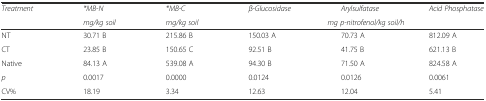
<table><thead><tr><td><b><i>Treatment</i></b></td><td><b><i>*MB-N</i></b></td><td><b><i>*MB-C</i></b></td><td><b><i>β-Glucosidase</i></b></td><td><b><i>Arylsulfatase</i></b></td><td><b><i>Acid Phosphatase</i></b></td></tr><tr><td></td><td><b><i>mg/kg soil</i></b></td><td><b><i>mg/kg soil</i></b></td><td colspan="3"><b><i>mg p-nitrofenol/kg soil/h</i></b></td></tr></thead><tbody><tr><td>NT</td><td>30.71 B</td><td>215.86 B</td><td>150.03 A</td><td>70.73 A</td><td>812.09 A</td></tr><tr><td>CT</td><td>23.85 B</td><td>150.65 C</td><td>92.51 B</td><td>41.75 B</td><td>621.13 B</td></tr><tr><td>Native</td><td>84.13 A</td><td>539.08 A</td><td>94.30 B</td><td>71.50 A</td><td>824.58 A</td></tr><tr><td><i>p</i></td><td>0.0017</td><td>0.0000</td><td>0.0124</td><td>0.0126</td><td>0.0061</td></tr><tr><td>CV%</td><td>18.19</td><td>3.34</td><td>12.63</td><td>12.04</td><td>5.41</td></tr></tbody></table>